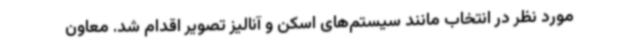
مورد نظر در انتخاب مانند سیستم‌های اسکن و آنالیز تصویر اقدام شد. معاون